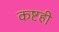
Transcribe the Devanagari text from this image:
कष्टही